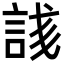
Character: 𬢥